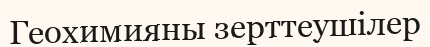
Геохимияны зерттеушілер